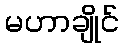
မဟာချိုင်